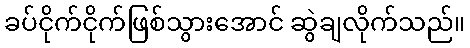
ခပ်ငိုက်ငိုက်ဖြစ်သွားအောင် ဆွဲချလိုက်သည်။